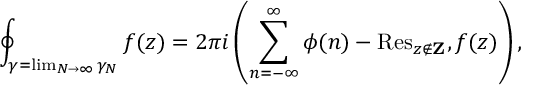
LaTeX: \oint _ { \gamma = \operatorname * { l i m } _ { N \rightarrow \infty } \gamma _ { N } } f ( z ) = 2 \pi i \left( \sum _ { n = - \infty } ^ { \infty } \phi ( n ) - \mathrm { R e s } _ { z \not \in { \bf Z } } , f ( z ) \right) ,